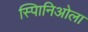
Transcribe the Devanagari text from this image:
स्पािनिओला